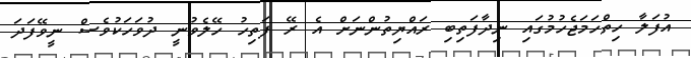
އުފަލާ ހިތްހަމަޖެހުމުގައި ނިދާފަތިބި ރައްޔިތުންނަށް އެ ރޭ ފަތިހު ހޭލެވުނީ ދުވަހަކުވެސް ނީވޭފަދަ